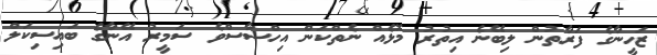
ޒަހީނާގެ ފަރާތުން ލިބޭނެ އިތުރު މޮޅެއް ނެތްކަން އިހްސާސްވެ ސަމީރު އޭނާގެ ބައިސިކަލް